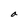
Character: a